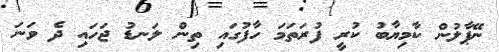
ނޭޕާލުން ކާމިޔާބު ކުރީ ފުރަތަމަ ހާފުގައި ތިން ލަނޑު ޖަހައި ދެ ވަނަ